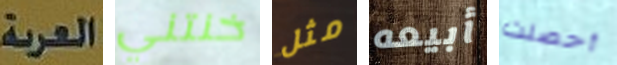
العربة خنتني مثل أبيعه أحصلت